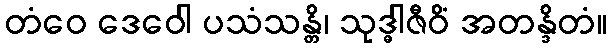
တံဝေ ဒေဝေါ ပသံသန္တိ၊ သုဒ္ဓါဇီဝိံ အတန္ဒိတံ။